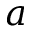
a